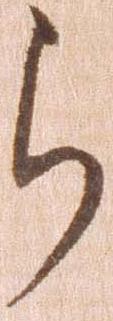
ら